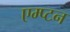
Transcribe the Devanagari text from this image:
एम्प्टन